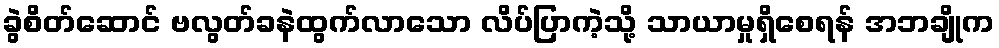
ခွဲစိတ်ဆောင် ဗလွတ်ခနဲထွက်လာသော လိပ်ပြာကဲ့သို့ သာယာမှုရှိစေရန် အဘချိုက